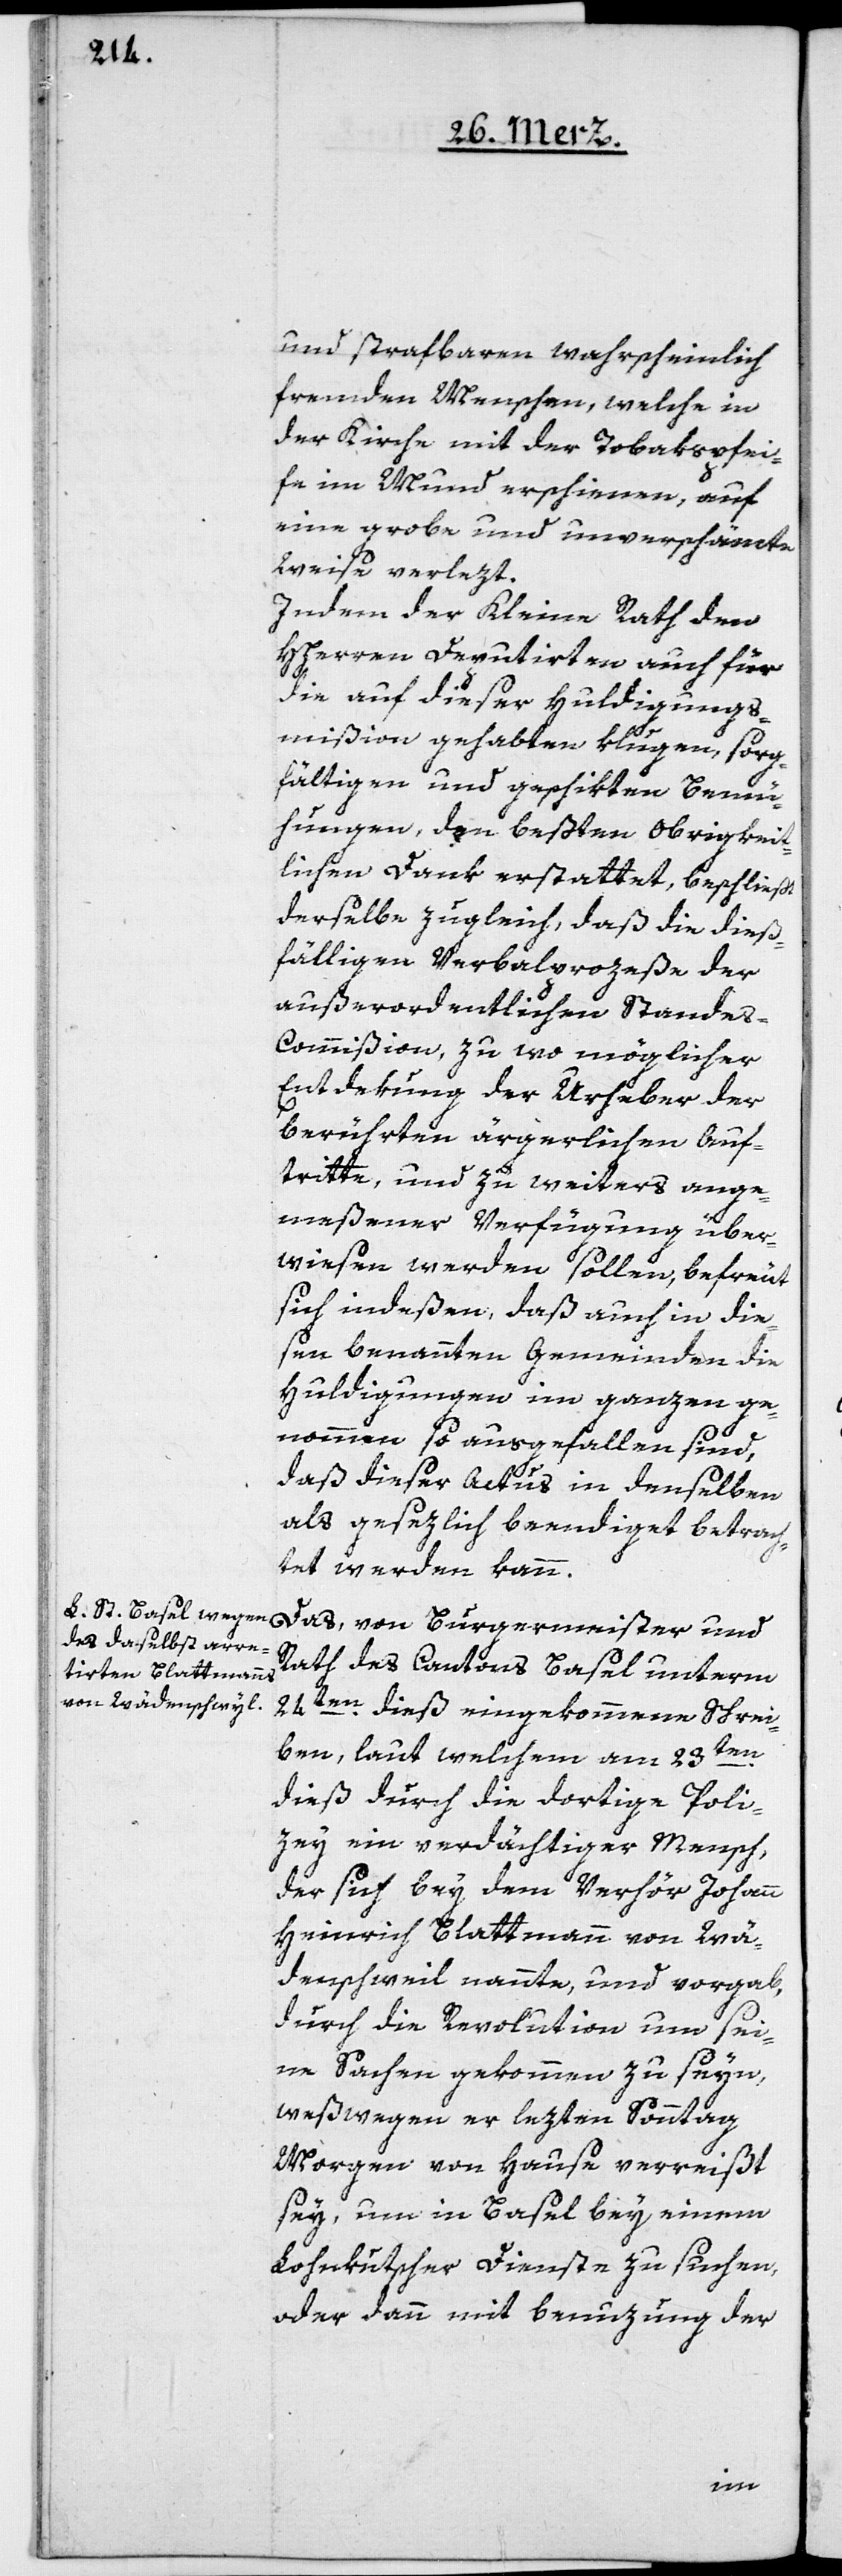
und strafbaren, wahrscheinlich
fremden Menschen, welche in
der Kirche mit der Tobakspfei¬
fe im Mund erschienen, auf
eine grobe und unverschämte
Weise verlezt.
Indem der Kleine Rath den
HHerren Deputirten auch für
die auf dieser Huldigungs¬
mißion gehabten klugen, sorg¬
fältigen und geschikten Bemü¬
hungen, den beßten Obrigkeit¬
lichen Dank erstattet, beschließt
derselbe zugleich, daß die dieß¬
fälligen Verbalprozeße der
außerordentlichen Stande¬
s-Commißion, zu wo möglicher
Entdekung der Urheber der
berührten ärgerlichen Auf¬
tritte, und zu weiters ange¬
meßener Verfügung über¬
wiesen werden sollen, befreut
sich indeßen, daß auch in die¬
sen benannten Gemeinden die
Huldigungen im ganzen ge¬
nommen so ausgefallen sind,
daß dieser Actus in denselben
als gesezlich beendiget betrach¬
tet werden kann.
Das von Burgermeister und
Rath des Cantons Basel unterm
24ten dieß eingekommene Schrei¬
ben, laut welchem am 23ten
dieß durch die dortige Poli¬
zey ein verdächtiger Mensch,
der sich bey dem Verhör Johann
Heinrich Blattmann von Wä¬
denschweil nannte, und vorgab,
durch die Revolution um sei¬
ne Sachen gekommen zu seyn,
weßwegen er lezten Sonntag
Morgen von Hause verreißt
sey, um in Basel bei einem
Lohnkutscher Dienste zu suchen,
oder dann mit Benuzung der